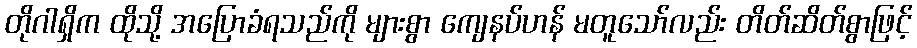
တိုဂါရှိက ထိုသို့ အပြောခံရသည်ကို များစွာ ကျေနပ်ဟန် မတူသော်လည်း တိတ်ဆိတ်စွာဖြင့်